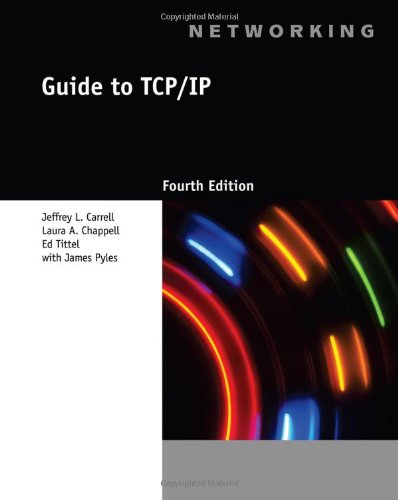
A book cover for Guide to TCP/IP (Networking (Course Technology)); Jeffrey L. Carrell; Engineering & Transportation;